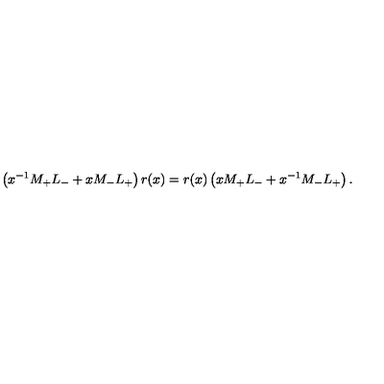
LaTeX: \left( x ^ { - 1 } M _ { + } L _ { - } + x M _ { - } L _ { + } \right) r ( x ) = r ( x ) \left( x M _ { + } L _ { - } + x ^ { - 1 } M _ { - } L _ { + } \right) .